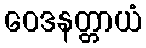
ဝေဒနတ္တာယံ